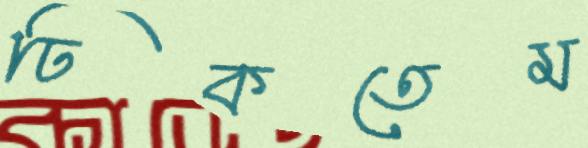
ঢিকতেম